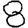
Digit: 8